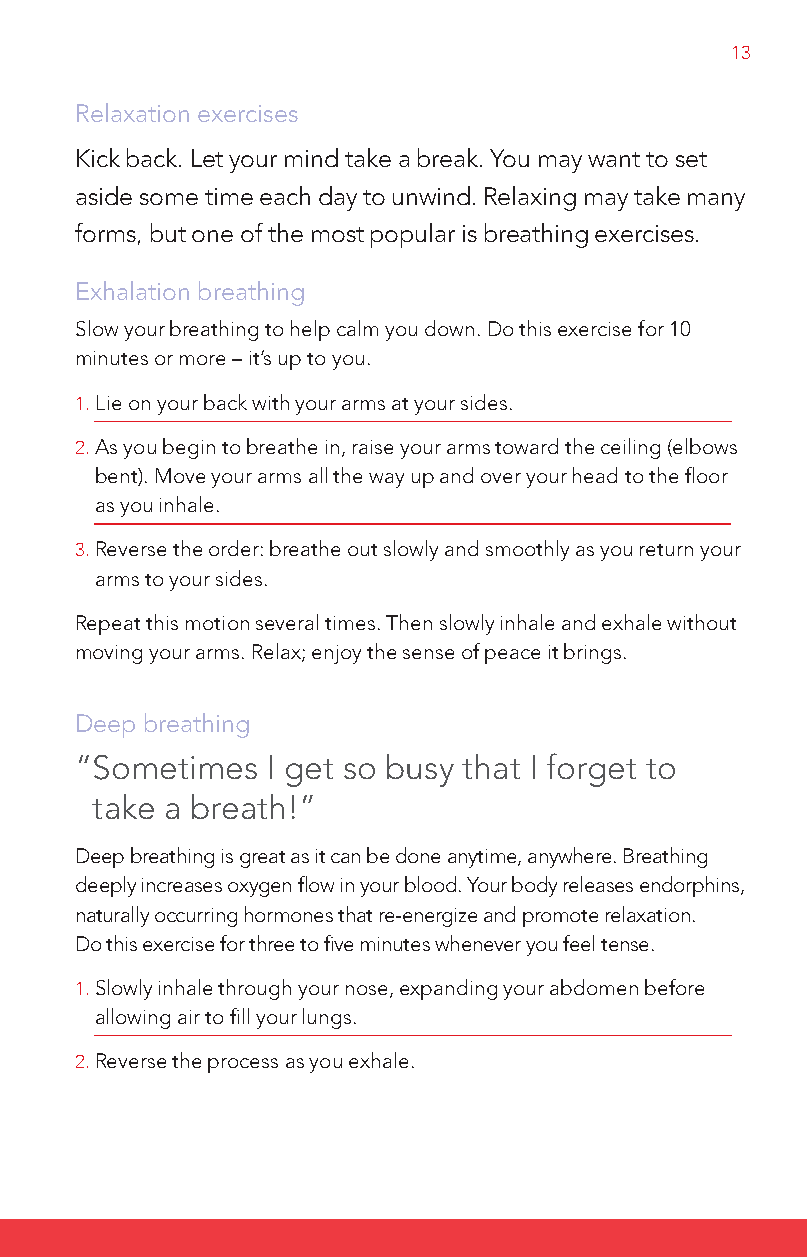
13
 Relaxation exercises
 Kick back. let your mind take a break. You may want to set
 aside some time each day to unwind. Relaxing may take many
 forms, but one of the most popular is breathing exercises.
 Exhalation breathing
 Slow your breathing to help calm you down. Do this exercise for 10
 minutes or more – it’s up to you.
 1. lie on your back with your arms at your sides.
 2. A s you begin to breathe in, raise your arms toward the ceiling (elbows
 bent). Move your arms all the way up and over your head to the floor
 as you inhale.
 3. R everse the order: breathe out slowly and smoothly as you return your
 arms to your sides.
 Repeat this motion several times. Then slowly inhale and exhale without
 moving your arms. Relax; enjoy the sense of peace it brings.
 Deep breathing
 “S ometimes  I get so busy that I forget to
 take a breath!”
 Deep breathing is great as it can be done anytime, anywhere. Breathing
 deeply increases oxygen flow in your blood. Your body releases endorphins,
 naturally occurring hormones that re-energize and promote relaxation.
 Do this exercise for three to five minutes whenever you feel tense.
 1. S lowly inhale through your nose, expanding your abdomen before
 allowing air to fill your lungs.
 2. R everse the process as you exhale.
 DA_HSFCcoping-Englishresized.indd 13     4/19/10 1:09:08 PM